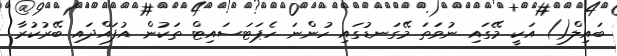
ބައިލް() އަކީ މޭގައި ނުވަތަ މޭގަނޑުގައި ހުންނަ ހެޕަޓަސައިޓް ތަކުން އުފައްދައި ބޭރުކުރާ